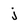
Character: j